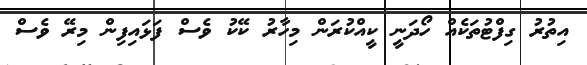
އިތުރު ގިފްޓުތަކެއް ހޯދަނީ ކީއްކުރަން މިހާރު ކޭކު ވެސް ފަޅައިފިން މިރޭ ވެސް